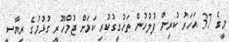
މީގެ 37 އަހަރު ކުރިން ފުލުހުން ތަހުގީގުކުރި ކަމަށް ޖުމްހޫރީ ގުޅުމުގެ ރިޔާސީ